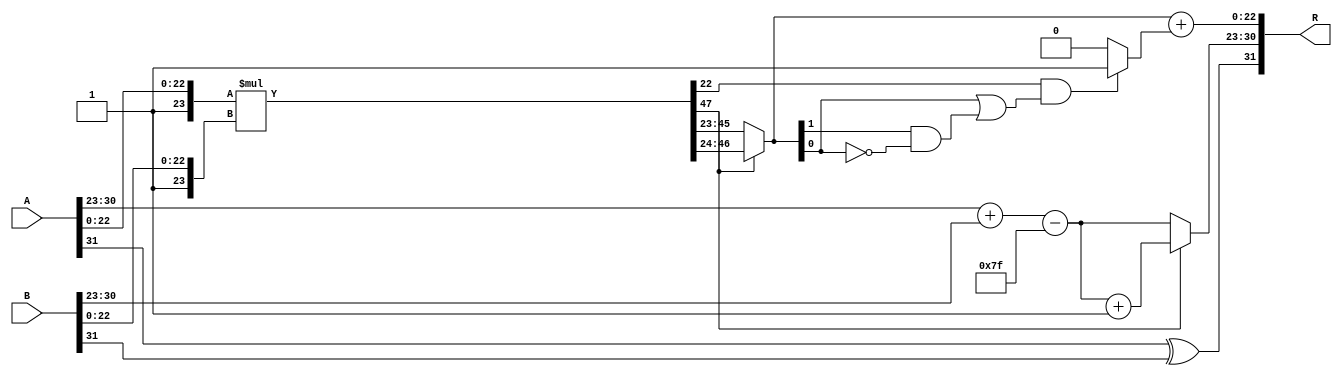
module float_mult (
    input  wire [31:0] A,  // First 32-bit floating-point input
    input  wire [31:0] B,  // Second 32-bit floating-point input
    output reg  [31:0] R   // Result 32-bit floating-point output
);

    // Constants
    localparam BIAS = 8'd127;

    // Decompose inputs A and B
    wire S_A = A[31];
    wire [7:0] E_A = A[30:23];
    wire [22:0] M_A = A[22:0];
    
    wire S_B = B[31];
    wire [7:0] E_B = B[30:23];
    wire [22:0] M_B = B[22:0];

    // Calculate sign of the result
    wire S_R = S_A ^ S_B;

    // Calculate exponent of the result
    wire [8:0] E_R_temp = {1'b0, E_A} + {1'b0, E_B} - BIAS; // 9-bit to handle overflow
    wire [7:0] E_R = E_R_temp[7:0]; // Exponent is 8 bits

    // Normalize mantissas (1.M_A and 1.M_B)
    wire [23:0] M_A_prime = {1'b1, M_A}; // 1.M_A
    wire [23:0] M_B_prime = {1'b1, M_B}; // 1.M_B

    // Multiply mantissas in parallel
    wire [47:0] P = M_A_prime * M_B_prime; // 24-bit * 24-bit = 48-bit product

    // Normalization
    reg [23:0] M_R;
    reg [7:0]  E_R_final;
    always @(*) begin
        if (P[47]) begin // If the product has 1 in the highest bit, shift right
            M_R = P[46:24]; // Take 23 bits
            E_R_final = E_R + 1; // Increase exponent
        end else begin // If the product is less than 1
            M_R = P[45:23]; // Shift right
            E_R_final = E_R;
        end
    end

    // Rounding (round to nearest even)
    wire round_bit = P[22]; // The bit right after the mantissa
    wire [23:0] M_R_rounded = M_R + (round_bit && (M_R[0] || (M_R[1] && !M_R[0])) ? 1 : 0);

    // Construct the final result
    always @(*) begin
        R[31] = S_R; // Sign bit
        R[30:23] = E_R_final; // Exponent
        R[22:0] = M_R_rounded[22:0]; // Mantissa (take the lower 23 bits)
    end

endmodule